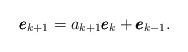
LaTeX: \begin{align*}\pmb{e}_{k+1} = a_{k+1} \pmb{e}_k + \pmb{e}_{k-1}. \end{align*}